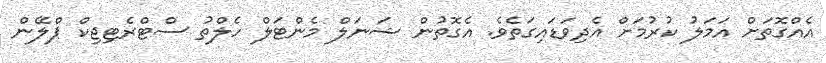
އެއްގޮތަށް އަމަލު ކުރުމަށް އެދިވަޑައިގަތެވެ. އެގޮތުން ޝަނަލް މެންޓަލް ހެލްތު ސްޓްރެޓިޖިކް ޕްލޭން